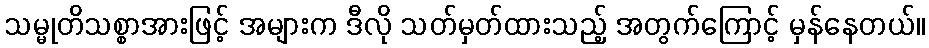
သမ္မုတိသစ္စာအားဖြင့် အများက ဒီလို သတ်မှတ်ထားသည့် အတွက်ကြောင့် မှန်နေတယ်။